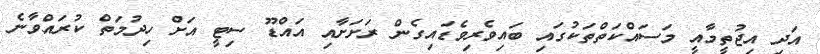
އަދި އިޖުތީމާއީ މަސައްކަތްތަކުގައި ބައިވެރިވެޑައިގެން ރަށަށާއި އައްޑޫ ސިޓީ އަށް ހިދުމަތް ކުރައްވާނެ